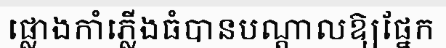
ផ្លោងកាំភ្លើងធំបានបណ្តាលឱ្យផ្នែក